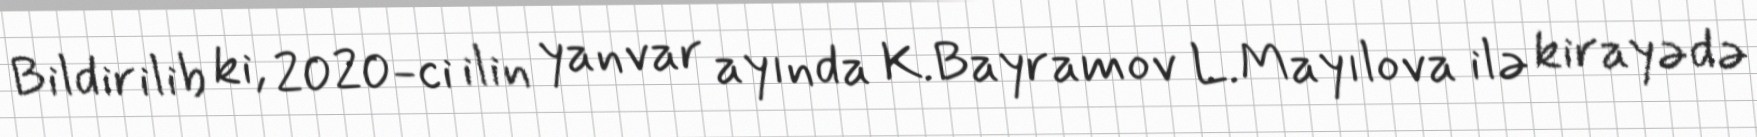
Bildirilib ki, 2020-ci ilin yanvar ayında K.Bayramov L.Mayılova ilə kirayədə